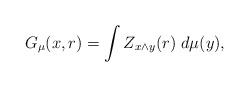
LaTeX: \begin{align*} G_\mu(x, r)=\int Z_{x\wedge y}(r) \; d\mu(y), \end{align*}